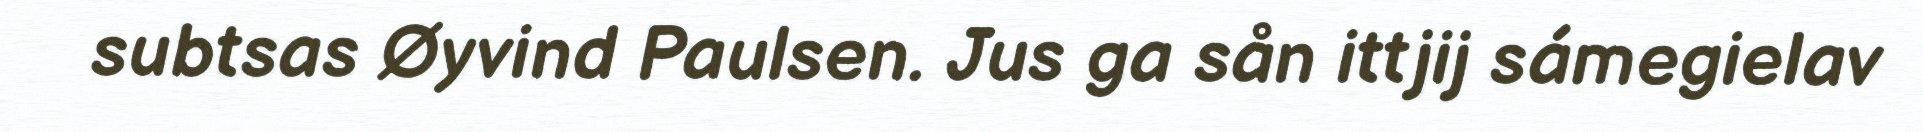
subtsas Øyvind Paulsen. Jus ga sån ittjij sámegielav